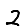
Digit: 2